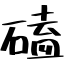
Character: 磕